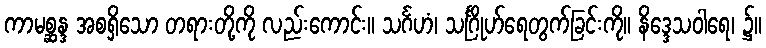
ကာမစ္ဆန္ဒ အစရှိသော တရားတို့ကို လည်းကောင်း။ သင်္ဂဟံ၊ သင်္ဂြိုဟ်ရေတွက်ခြင်းကို။ နိဒ္ဒေသဝါရေ၊ ၌။